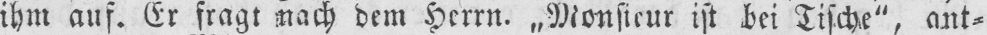
ihm auf. Er fragt nach dem Herrn. „Monsieur ist bei Tische“, ant⸗